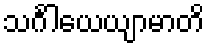
သင်္ဂါယေယျာမာတိ